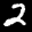
Label: 2